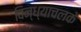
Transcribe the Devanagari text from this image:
विन्ध्याचलके